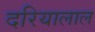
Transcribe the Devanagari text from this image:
दरियालाल